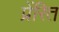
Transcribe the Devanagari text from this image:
प्रेंरित